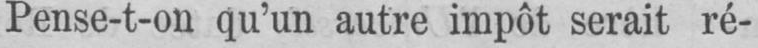
Pense-t-on qu’un autre impôt serait ré-